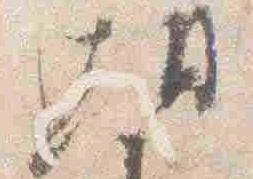
朝